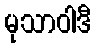
မုသာဝါဒီ